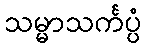
သမ္မာသင်္ကပ္ပံ